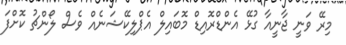
މިރޭ ވަނީ ޖާނީއާ ގުޅޭ އެންޑްރޮއިޑް މޮބައިލް އެޕްލިކޭޝަނެއް ވެސް ލޯންޗު ކޮށްފަ